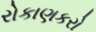
રોકાણકરો